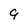
Character: 9